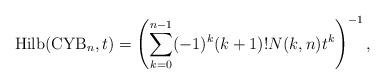
LaTeX: \begin{gather*} {\rm Hilb}({\rm CYB}_n,t)=\left(\sum_{k=0}^{n-1}(-1)^k (k+1)! N(k,n) t^k \right)^{-1},\end{gather*}